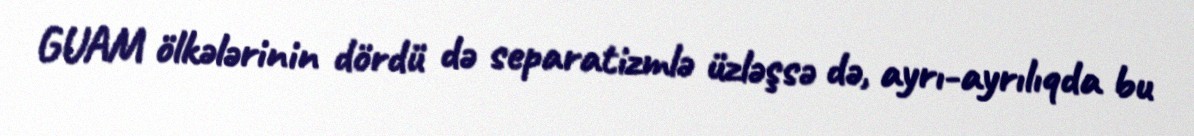
GUAM ölkələrinin dördü də separatizmlə üzləşsə də, ayrı-ayrılıqda bu